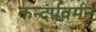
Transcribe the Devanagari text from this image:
कन्दर्पवर्मन